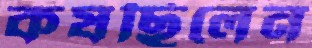
কষছিলেন